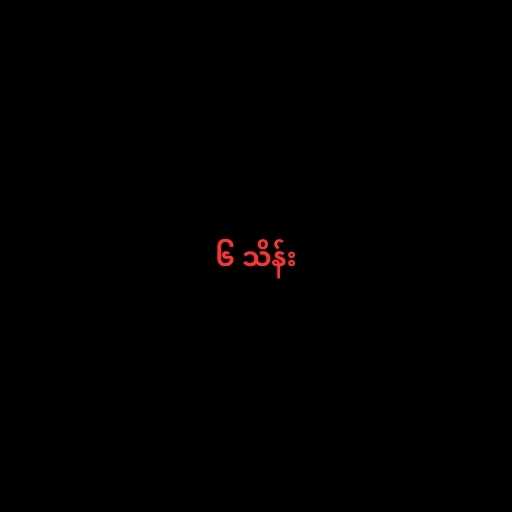
၆ သိန်း